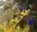
ૂ